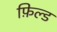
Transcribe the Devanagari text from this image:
फ़िल्ड